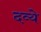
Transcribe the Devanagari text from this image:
दव्ये